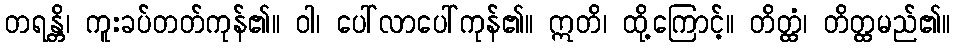
တရန္တိ၊ ကူးခပ်တတ်ကုန်၏။ ဝါ၊ ပေါ်လာပေါ်ကုန်၏။ ဣတိ၊ ထို့ကြောင့်။ တိတ္ထံ၊ တိတ္ထမည်၏။